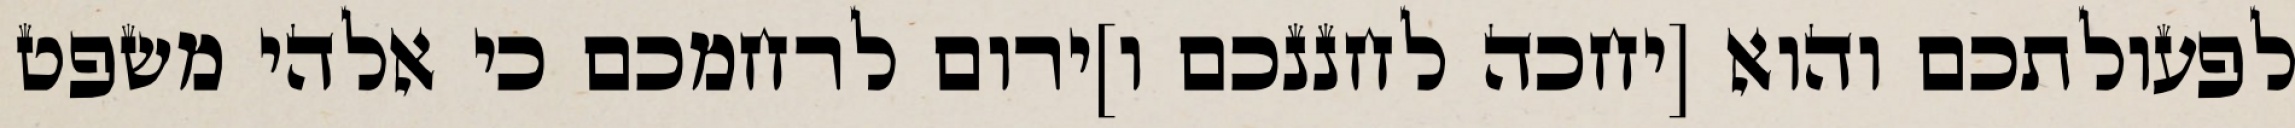
לפעולתכם והוא [יחכה לחננכם ו]ירום לרחמכם כי אלהי משפט